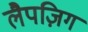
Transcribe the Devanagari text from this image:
लैपज़िग